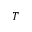
T